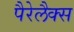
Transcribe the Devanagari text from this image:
पैरेलैक्स